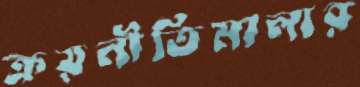
ক্রয়নীতিমালার